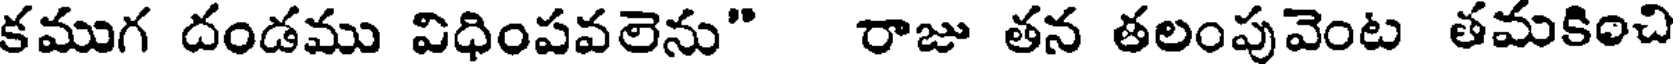
కముగ దండము విధింపవలెను" రాజు తన తలంపువెంట తమకించి